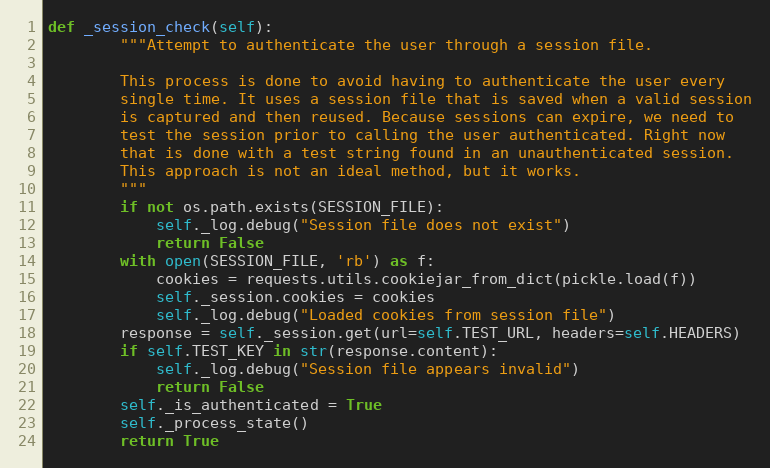
Language: Python
def _session_check(self):
        """Attempt to authenticate the user through a session file.

        This process is done to avoid having to authenticate the user every
        single time. It uses a session file that is saved when a valid session
        is captured and then reused. Because sessions can expire, we need to
        test the session prior to calling the user authenticated. Right now
        that is done with a test string found in an unauthenticated session.
        This approach is not an ideal method, but it works.
        """
        if not os.path.exists(SESSION_FILE):
            self._log.debug("Session file does not exist")
            return False
        with open(SESSION_FILE, 'rb') as f:
            cookies = requests.utils.cookiejar_from_dict(pickle.load(f))
            self._session.cookies = cookies
            self._log.debug("Loaded cookies from session file")
        response = self._session.get(url=self.TEST_URL, headers=self.HEADERS)
        if self.TEST_KEY in str(response.content):
            self._log.debug("Session file appears invalid")
            return False
        self._is_authenticated = True
        self._process_state()
        return True